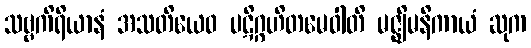
သဗ္ဗကိရိယာနံ အသတိယေဝ ပဋိဂ္ဂဟိတမေဝါတိ မဇ္ဈိမနိကာယံ ဆုက